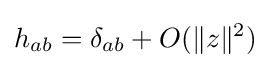
h_{ab}=\delta _{ab}+O(\|z\|^{2})